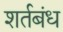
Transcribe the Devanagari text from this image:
शर्तबंध